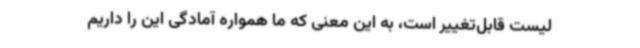
لیست قابل‌تغییر است، به این معنی که ما همواره آمادگی این را داریم